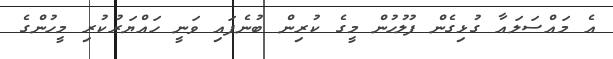
އެ މައްސަލައާ ގުޅިގެން ފުލުހުން މީގެ ކުރިން ބުނެފައި ވަނީ ހައްޔަރުކުރި މީހުންގެ